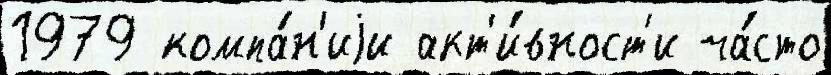
1979 компа́н'иjи акт'и́вност'и ча́сто